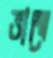
ভাল্বে